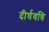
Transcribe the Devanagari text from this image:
दीर्घवधि